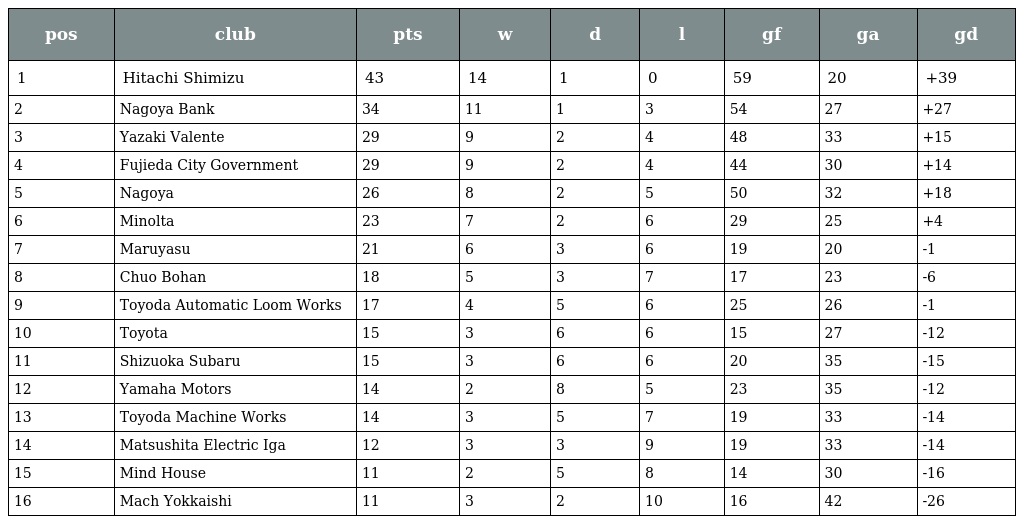
| pos | club | pts | w | d | l | gf | ga | gd |
 | --- | --- | --- | --- | --- | --- | --- | --- | --- |
 | 1 | Hitachi Shimizu | 43 | 14 | 1 | 0 | 59 | 20 | +39 |
 | 2 | Nagoya Bank | 34 | 11 | 1 | 3 | 54 | 27 | +27 |
 | 3 | Yazaki Valente | 29 | 9 | 2 | 4 | 48 | 33 | +15 |
 | 4 | Fujieda City Government | 29 | 9 | 2 | 4 | 44 | 30 | +14 |
 | 5 | Nagoya | 26 | 8 | 2 | 5 | 50 | 32 | +18 |
 | 6 | Minolta | 23 | 7 | 2 | 6 | 29 | 25 | +4 |
 | 7 | Maruyasu | 21 | 6 | 3 | 6 | 19 | 20 | -1 |
 | 8 | Chuo Bohan | 18 | 5 | 3 | 7 | 17 | 23 | -6 |
 | 9 | Toyoda Automatic Loom Works | 17 | 4 | 5 | 6 | 25 | 26 | -1 |
 | 10 | Toyota | 15 | 3 | 6 | 6 | 15 | 27 | -12 |
 | 11 | Shizuoka Subaru | 15 | 3 | 6 | 6 | 20 | 35 | -15 |
 | 12 | Yamaha Motors | 14 | 2 | 8 | 5 | 23 | 35 | -12 |
 | 13 | Toyoda Machine Works | 14 | 3 | 5 | 7 | 19 | 33 | -14 |
 | 14 | Matsushita Electric Iga | 12 | 3 | 3 | 9 | 19 | 33 | -14 |
 | 15 | Mind House | 11 | 2 | 5 | 8 | 14 | 30 | -16 |
 | 16 | Mach Yokkaishi | 11 | 3 | 2 | 10 | 16 | 42 | -26 |